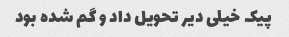
پیک خیلی دیر تحویل داد و گم شده بود